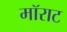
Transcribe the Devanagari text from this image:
मॉराट